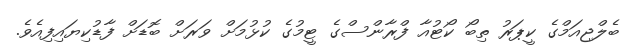
ބެލްޖިއަމްގެ ކީޕަރު ތިބޯ ކޯޓުއާ ފްރާންސްގެ ޓީމުގެ ކުޅުމަށް ވަރަށް ބޮޑަށް ފާޑުކިޔައިފިއެވެ.